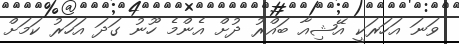
ވަނަ އަހަރަކީ އޭޝިއާ ބައްރު ދުށް އެންމެ ހޫނު ގަދަ އަހަރު ކަމަށް